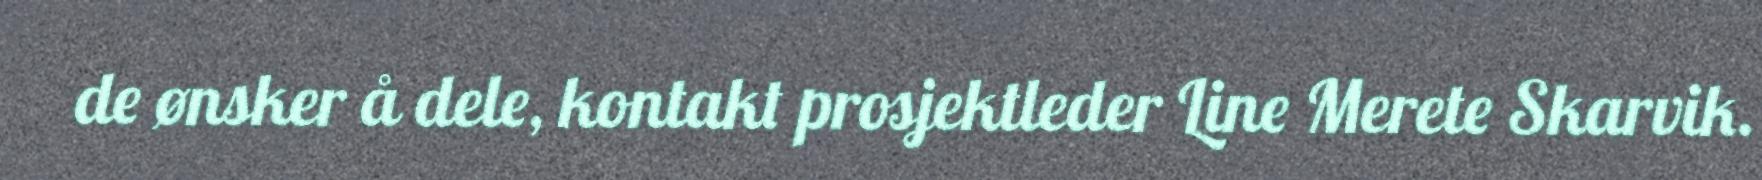
de ønsker å dele, kontakt prosjektleder Line Merete Skarvik.